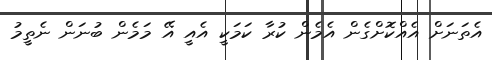
އެތަނަށް އެއްކޮށްގެން އެެމެން ކުރާ ކަމަކީ އެއީ އޭ މަމެން ބުނަން ނެތީމު